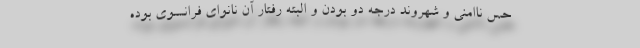
حس ناامنی و شهروندِ درجه دو بودن و البته رفتار آن نانوای فرانسوی بوده